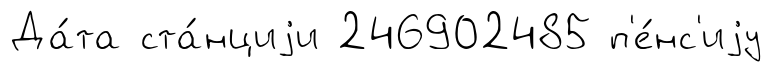
Да́та ста́нциjи 246902485 п'е́нс'иjу